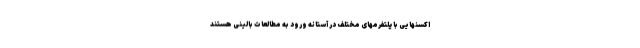
اکسنهایی با پلتفرمهای مختلف در آستانه ورود به مطالعات بالینی هستند